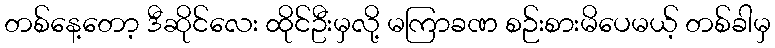
တစ်နေ့တော့ ဒီဆိုင်လေး ထိုင်ဦးမှလို့ မကြာခဏ စဉ်းစားမိပေမယ့် တစ်ခါမှ